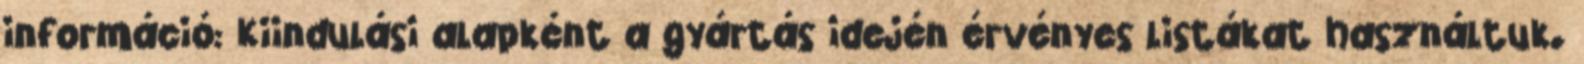
információ: Kiindulási alapként a gyártás idején érvényes listákat használtuk.